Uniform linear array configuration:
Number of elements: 64
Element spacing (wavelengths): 0.5
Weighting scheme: kaiser
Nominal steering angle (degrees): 15
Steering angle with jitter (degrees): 16.778
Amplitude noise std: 0.05
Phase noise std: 0.05

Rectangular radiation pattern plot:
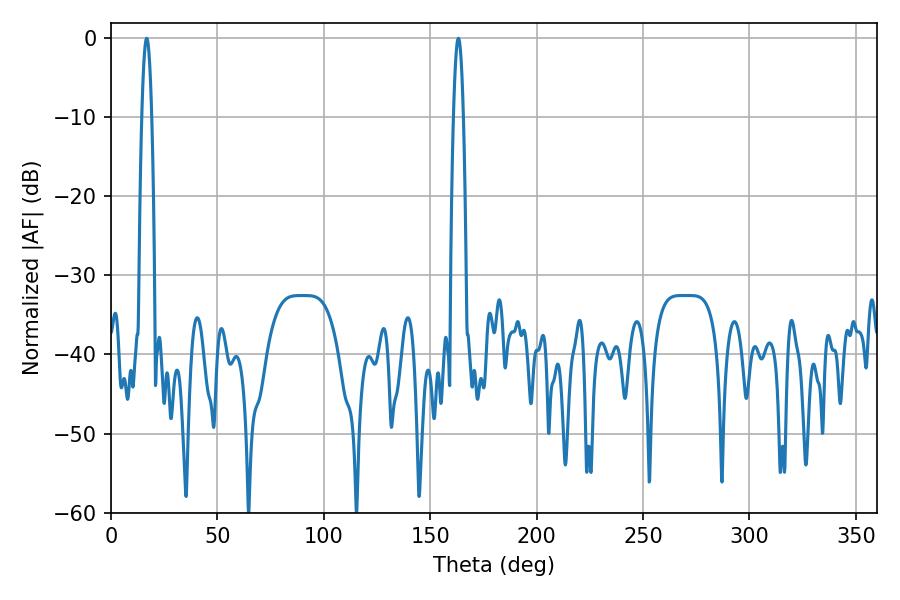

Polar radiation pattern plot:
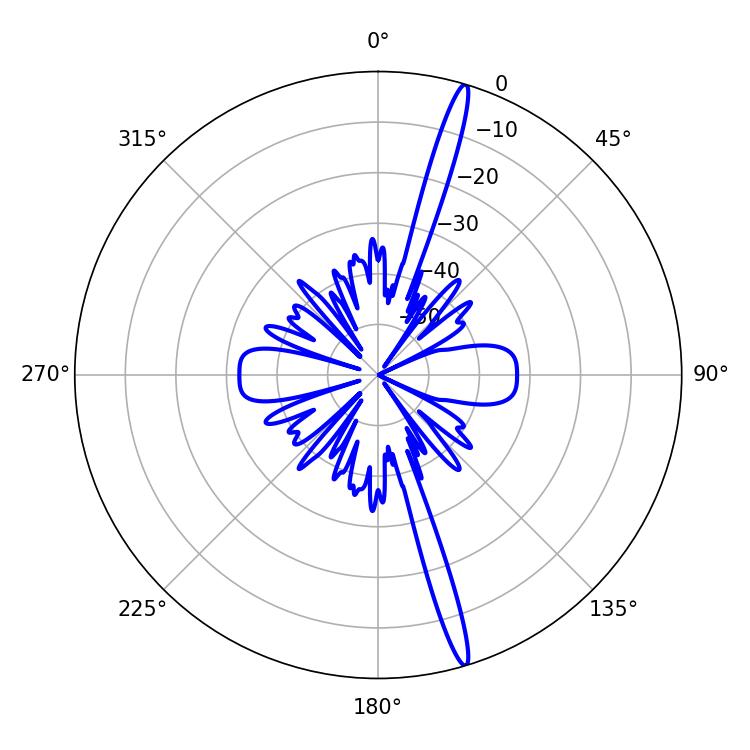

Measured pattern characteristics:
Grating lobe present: FALSE
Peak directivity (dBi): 18.52
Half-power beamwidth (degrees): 2.52
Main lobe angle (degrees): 163.26